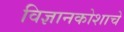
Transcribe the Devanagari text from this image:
विज्ञानकोशाचे